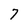
Character: 7